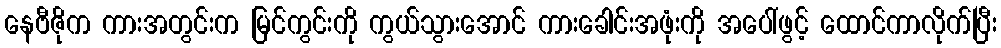
နေဗီဇိုက ကားအတွင်းက မြင်ကွင်းကို ကွယ်သွားအောင် ကားခေါင်းအဖုံးကို အပေါ်ဖွင့် ထောင်ကာလိုက်ပြီး